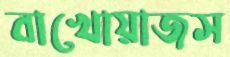
বাখোয়াজস